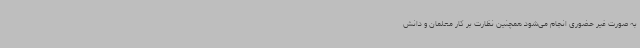
به صورت غیر حضوری انجام می‌شود همچنین نظارت بر کار معلمان و دانش